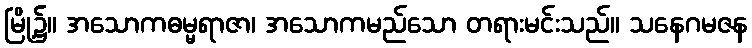
မြို့၌။ အသောကဓမ္မရာဇာ၊ အသောကမည်သော တရားမင်းသည်။ သနေဂမဇန